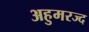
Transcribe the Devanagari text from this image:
अहुमरज्द